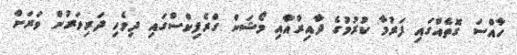
ހާއްސަ ގޮތެއްގައި ފަރުމާ ކުރުމުގެ ދާއިރާއާއި މޯޝަން ގްރެފިކްސްގައި ދިވެހި ދަރިވަރުން ވަރަށް